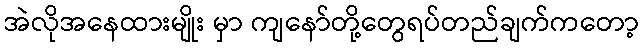
အဲလိုအနေထားမျိုး မှာ ကျနော်တို့တွေရပ်တည်ချက်ကတော့